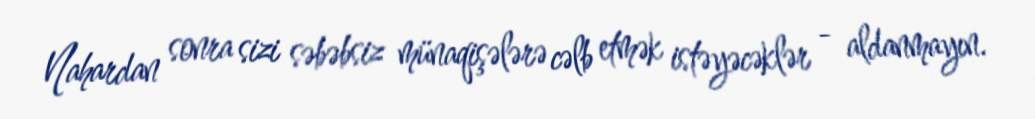
Nahardan sonra sizi səbəbsiz münaqişələrə cəlb etmək istəyəcəklər - aldanmayın.